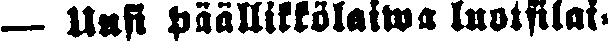
— Uusi päällikkölaiwa luotsilai-